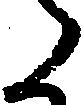
た